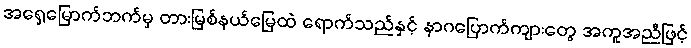
အရှေ့မြောက်ဘက်မှ တားမြစ်နယ်မြေထဲ ရောက်သည်နှင့် နာဂပြောက်ကျားတွေ အကူအညီဖြင့်